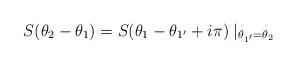
LaTeX: \begin{align*}S(\theta _{2}-\theta _{1})=S(\theta _{1}-\theta _{1^{\prime }}+i\pi )\mid_{\theta _{1^{\prime }}=\theta _{2}}\end{align*}